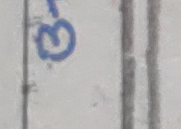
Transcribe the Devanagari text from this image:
३